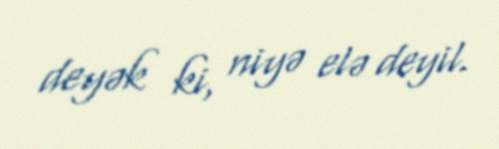
deyək ki, niyə elə deyil.